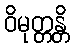
ဝိမုတ္တန္တိ